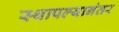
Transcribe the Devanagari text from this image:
स्थापल्यानंतर